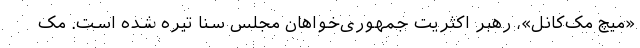
«میچ مک‌کانل»، رهبر اکثریت جمهوری‌خواهان مجلس سنا تیره شده است. مک